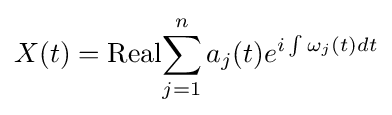
X(t)={\text{Real}}{\sum _{j=1}^{n}a_{j}(t)e^{i\int \omega _{j}(t)dt}}